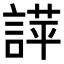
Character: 𧪐